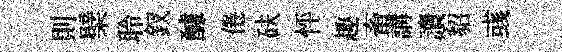
則檗聆釵醵倦砆怦趣畜講讀貂彧